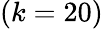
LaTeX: (k=20)